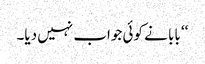
‘‘ بابا نے کوئی جواب نہیں دیا۔